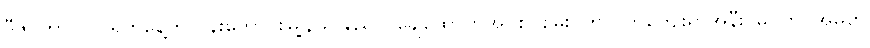
ဒီဇင်ဘာ ၁၀ ရက်နေ့က ပန်းတောင်းမြို့နယ် ညောင်ချေထောက်အုပ်စု၊ စမ်းပက်လက်ကျေးရွာအနီး၊ မိုင်တိုင်အမှတ်